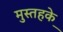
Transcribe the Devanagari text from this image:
मुस्तहके़